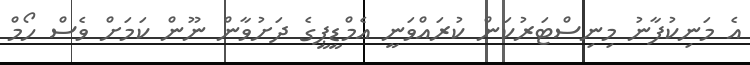
އެ މަނިކުފާނު މިނިސްޓަރުކަން ކުރައްވަނީ އެމްޑީޕީގެ ދަށުވާން ނޫން ކަމަށް ވެސް ހޯމް